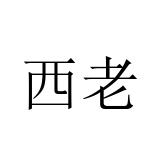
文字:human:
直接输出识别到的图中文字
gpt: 西老